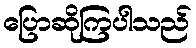
ပြောဆိုကြပါသည်